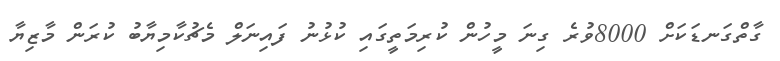
ގާތްގަނޑަކަށް 8000ވުރެ ގިނަ މީހުން ކުރިމަތީގައި ކުޅުނު ފައިނަލް މެޗުކާމިޔާބު ކުރަން މާޒިޔާ